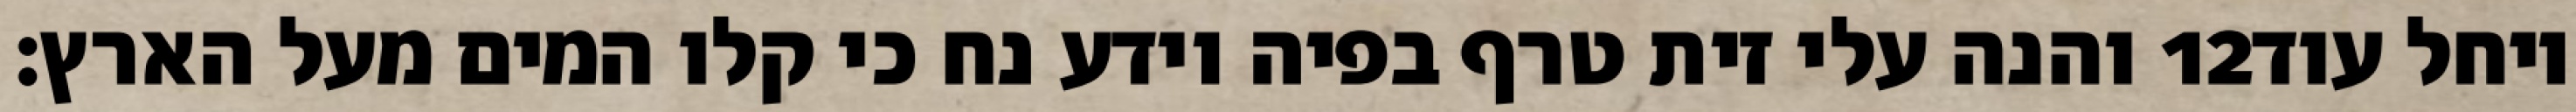
והנה עלי זית טרף בפיה וידע נח כי קלו המים מעל הארץ׃ ‎12‏ ויחל עוד